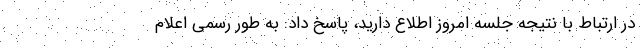
در ارتباط با نتیجه جلسه امروز اطلاع دارید، پاسخ داد: به طور رسمی اعلام